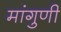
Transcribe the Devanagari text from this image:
मांगुणी